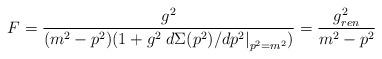
LaTeX: \begin{align*}F=\frac{g^2}{(m^2-p^2)(1+g^2\left.d\Sigma(p^2)/dp^2\right|_{p^2=m^2})} =\frac{g_{ren}^2}{m^2-p^2}\end{align*}